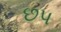
છપ